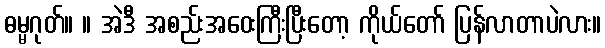
ဓမ္မဂုတ်။ ။ အဲဒီ အစည်းအဝေးကြီးပြီးတော့ ကိုယ်တော် ပြန်လာတာပဲလား။